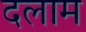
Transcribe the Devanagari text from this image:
दलाम